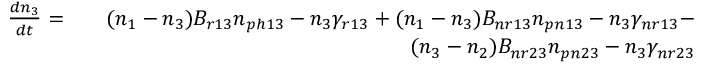
\begin{array} { r l r } { \frac { d n _ { 3 } } { d t } = } & { } & { ( n _ { 1 } - n _ { 3 } ) B _ { r 1 3 } n _ { p h 1 3 } - n _ { 3 } \gamma _ { r 1 3 } + ( n _ { 1 } - n _ { 3 } ) B _ { n r 1 3 } n _ { p n 1 3 } - n _ { 3 } \gamma _ { n r 1 3 } - } \\ & { } & { ( n _ { 3 } - n _ { 2 } ) B _ { n r 2 3 } n _ { p n 2 3 } - n _ { 3 } \gamma _ { n r 2 3 } } \end{array}